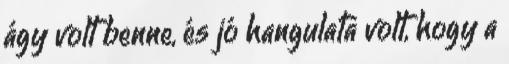
ágy volt benne, és jó hangulata volt, hogy a